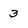
Character: 3